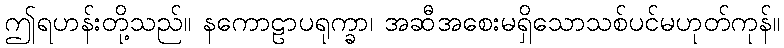
ဤရဟန်းတို့သည်။ နကောဠာပရုက္ခာ၊ အဆီအစေးမရှိသောသစ်ပင်မဟုတ်ကုန်။